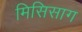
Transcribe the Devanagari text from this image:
मिसिसाग